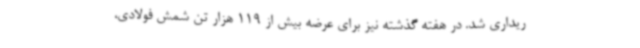
ریداری شد. در هفته گذشته نیز برای عرضه بیش از 119 هزار تن شمش فولادی،